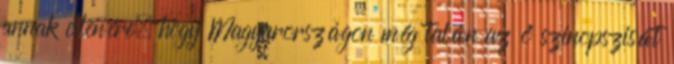
annak ellenére, hogy Magyarországon még talán az ő szinopszisát